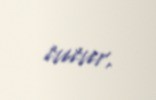
tutur.